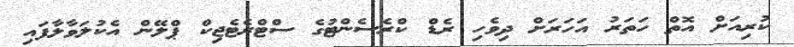
ކުރިއަށް އޮތް ހަތަރު އަހަރަށް ދިވެހި ރެޑް ކްރެސެންޓުގެ ސްޓްރެޓެޖިކް ޕްލޭން އެކުލަވާލާފައި